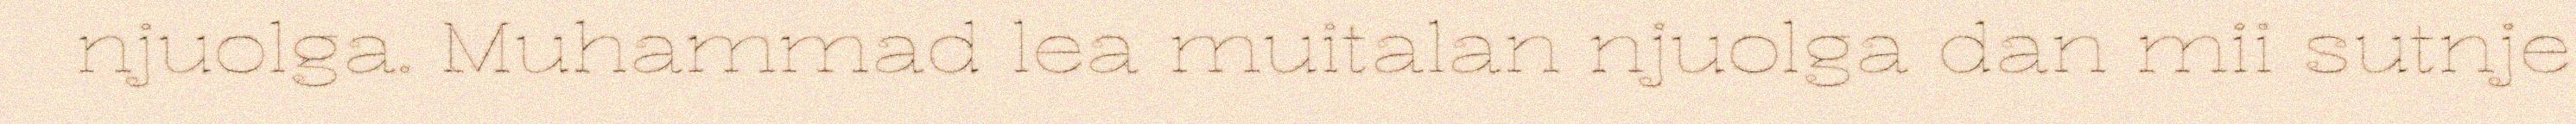
njuolga. Muhammad lea muitalan njuolga dan mii sutnje